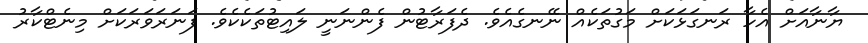
ޔާނާއަށް އެހާ ރަނގަޅަކަށް މަގުތަކެއް ނޭނގެއެވެ. ދެފަރާޓުން ފެންނަނީ ލައިޓުތަކެކެވެ. ފަނަރަވަރަކަށް މިނެޓްކާރު